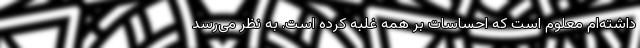
داشته‌ام معلوم است که احساسات بر همه غلبه کرده است. به نظر می‌رسد